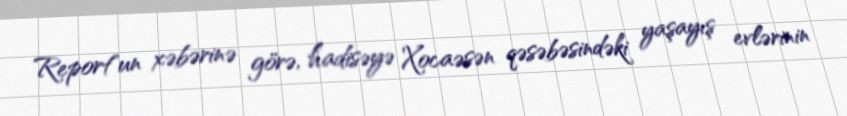
Report"un xəbərinə görə, hadisəyə Xocaəsən qəsəbəsindəki yaşayış evlərinin